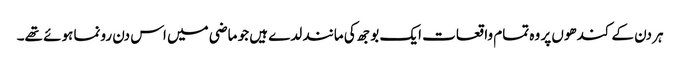
ہر دن کے کندھوں پر وہ تمام واقعات ایک بوجھ کی مانند لدے ہیں جو ماضی میں اس دن رونما ہوئے تھے۔